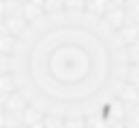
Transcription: Раднэр Зинятович Муратов,